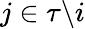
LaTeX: j\in\tau\backslash i